Report of the Bombay Plague Committee
Disease focus: Plague
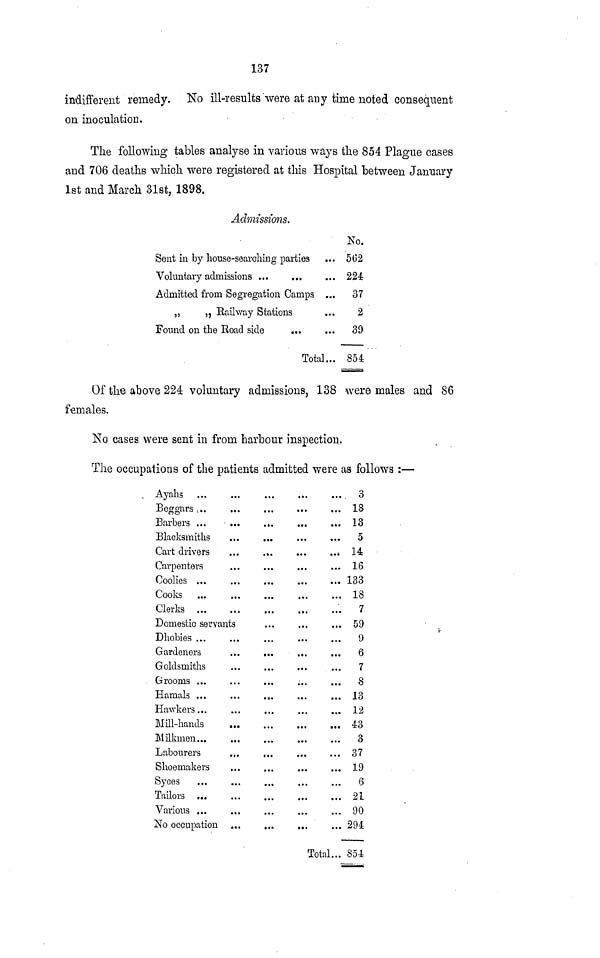
137
indifferent remedy. No ill-results were at any time noted consequent
on inoculation.
The following tables analyse in various ways the 854 Plague cases
and 706 deaths which were registered at this Hospital between January
1st and March 31st, 1898.
Admissions.
Sent in by house-searching parties
Voluntary admissions
Admitted from Segregation Camps ...
„
,, Railway Stations
Found on the Road side
Total...
No.
562
224:
37
2
39
854
Of the above 224 voluntary admissions, 138 were males and 86
females.
No cases were sent in from harbour inspection.
The occupations of the patients admitted were as follows :—
Ayahs
Blacksmiths
Cart drivers
Carpenters
Coolies ...
Cooks
Clerks
Domestic servants
Dhobies ...
Goldsmiths
Grooms ...
Harnals ...
Hawkers...
Mill-hands
Milkmen
Shoemakers
Syces
Tailors
Various ...
No occupation
• • t
Total...
3
18
13
5
14
16
133
18
7
59
9
6
7
8
13
12
43
3
37
19
6
21
90
294
854